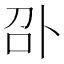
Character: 𠧙